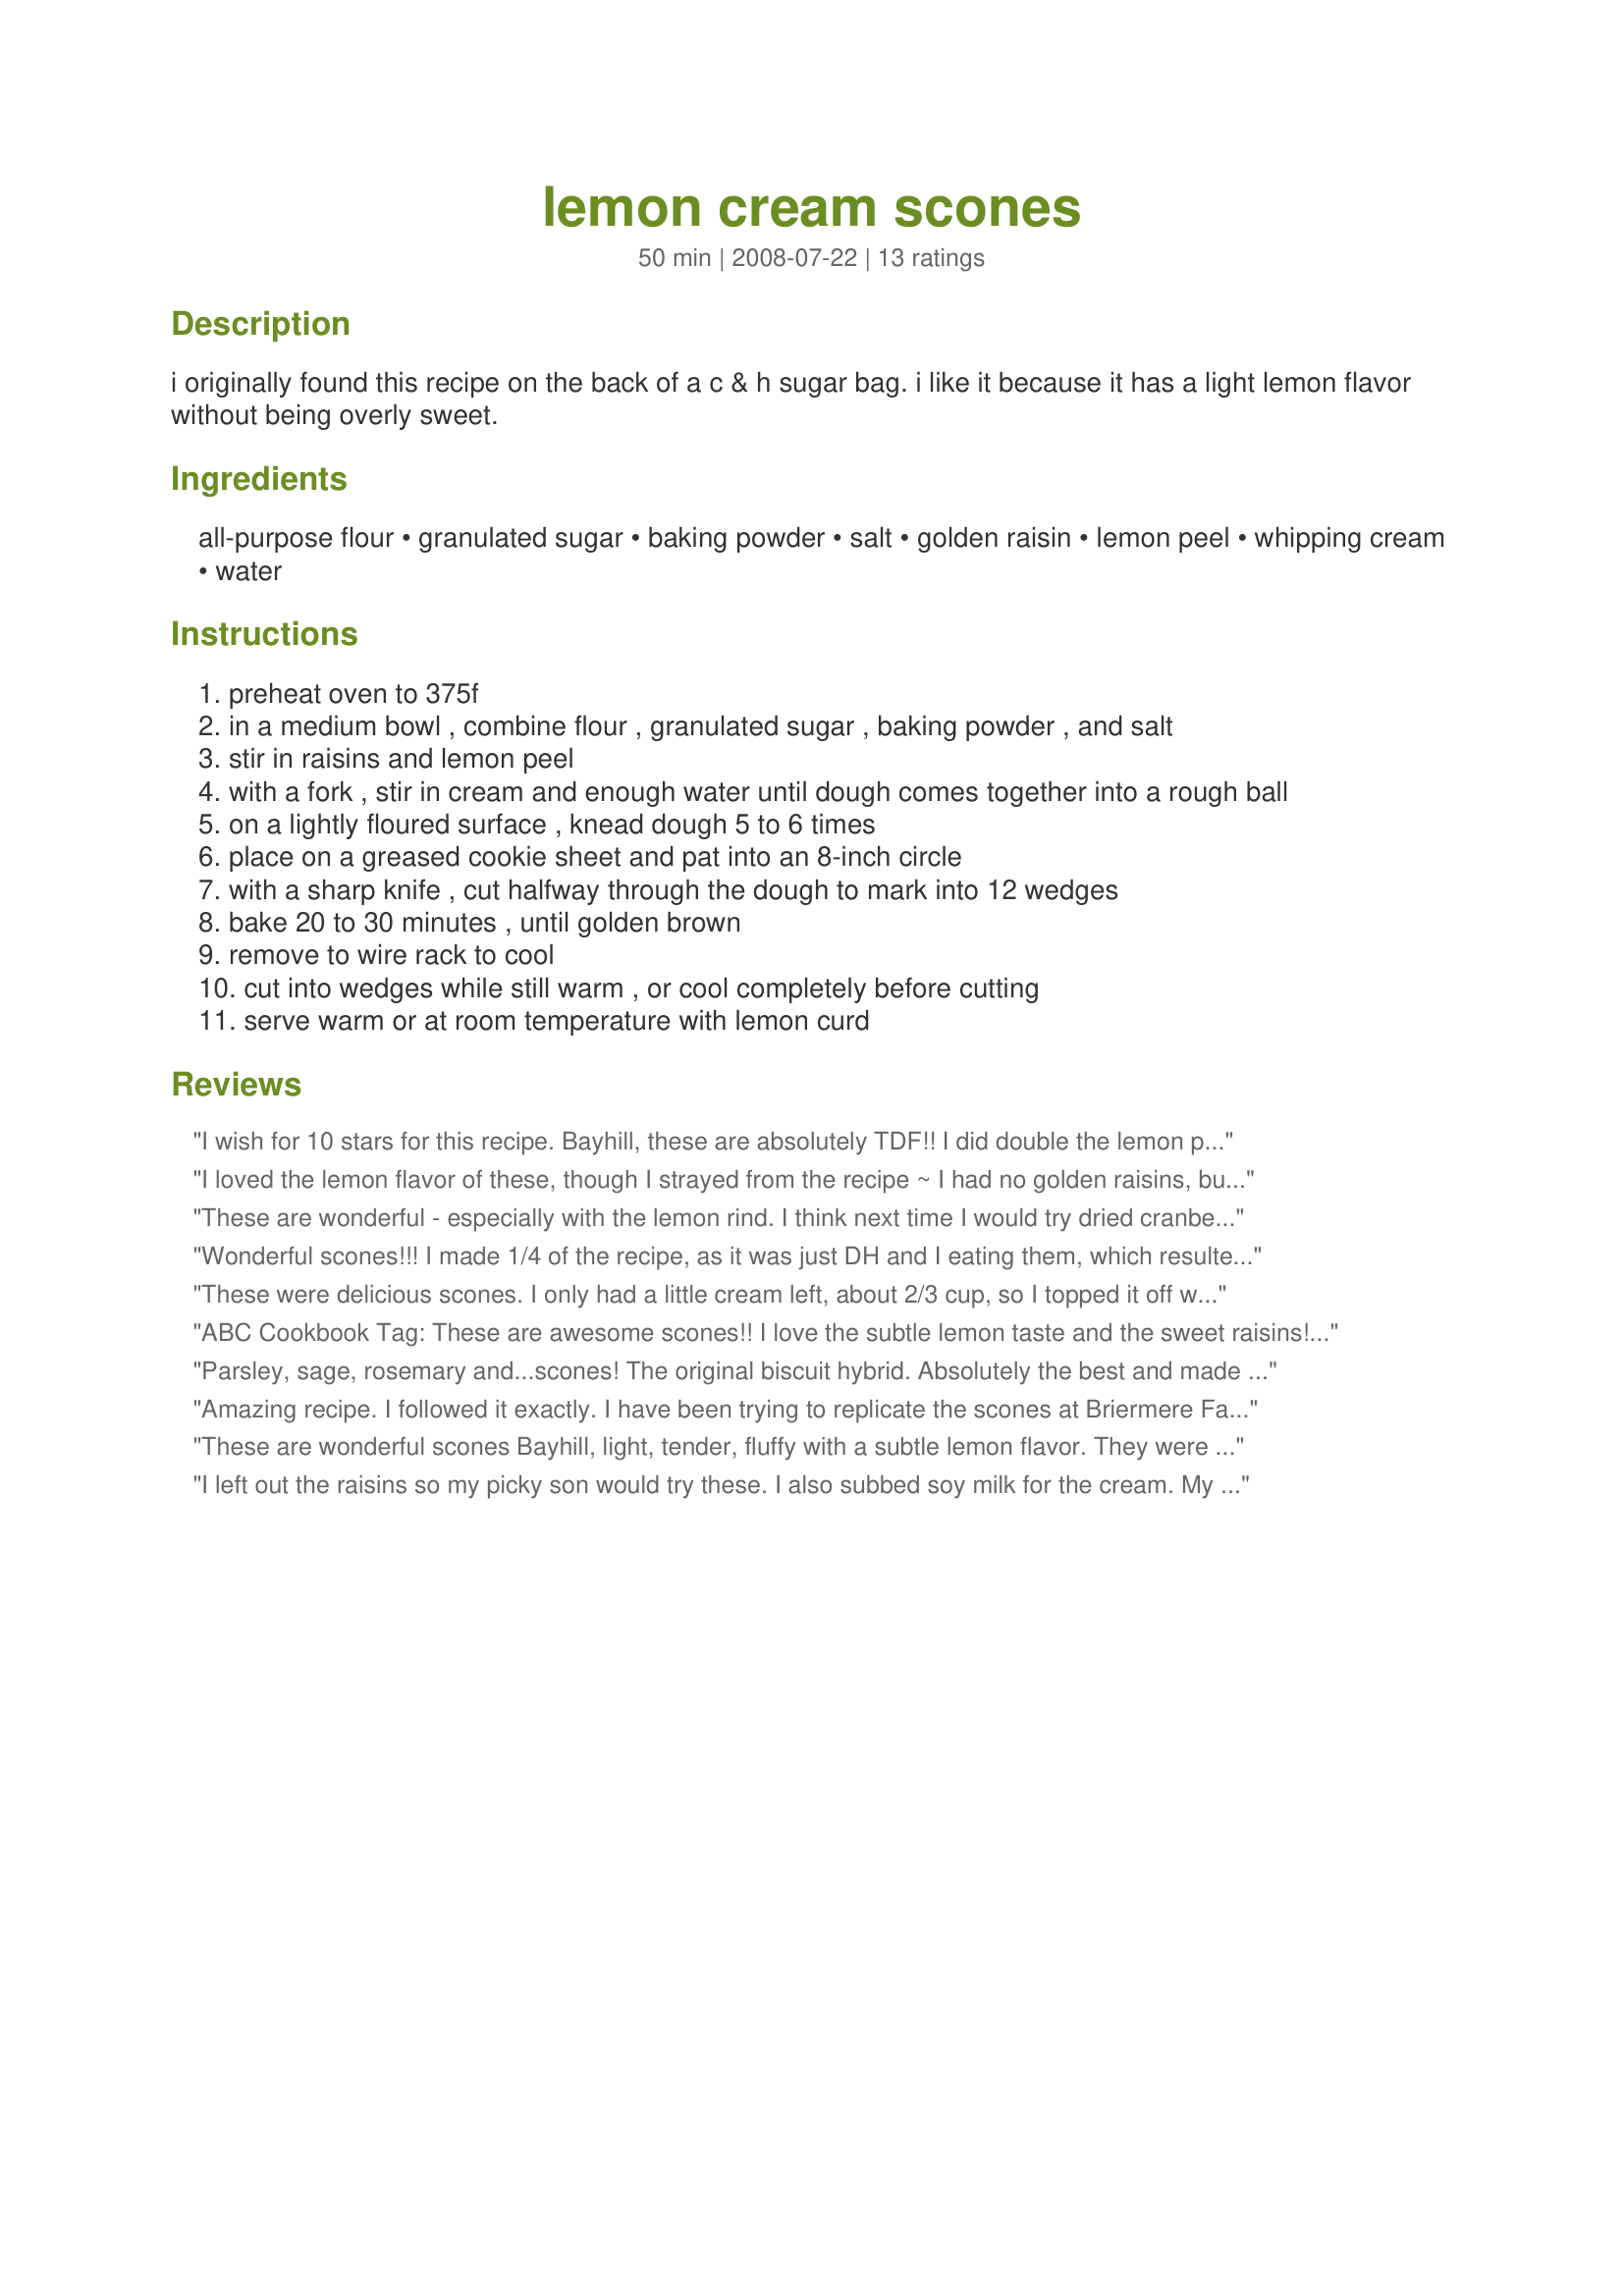
lemon cream scones
Preparation time: 50 minutes

i originally found this recipe on the back of a c & h sugar bag. i like it because it has a light lemon flavor without being overly sweet.

Ingredients:
all-purpose flour, granulated sugar, baking powder, salt, golden raisin, lemon peel, whipping cream, water

Steps:
preheat oven to 375f
in a medium bowl , combine flour , granulated sugar , baking powder , and salt
stir in raisins and lemon peel
with a fork , stir in cream and enough water until dough comes together into a rough ball
on a lightly floured surface , knead dough 5 to 6 times
place on a greased cookie sheet and pat into an 8-inch circle
with a sharp knife , cut halfway through the dough to mark into 12 wedges
bake 20 to 30 minutes , until golden brown
remove to wire rack to cool
cut into wedges while still warm , or cool completely before cutting
serve warm or at room temperature with lemon curd

Reviews:
I wish for 10 stars for this recipe. Bayhill, these are absolutely TDF!!
I did double the lemon peel and used fresh lemon juice for the water addition. Also used dried cherries for the golden raisins. MMMMM...lemony good with a bit of sweet cherry complement!
Made for Photo Swap and Tea Time events in Cooking Photos.
I loved the lemon flavor of these, though I strayed from the recipe ~ I had no golden raisins, but I did have dried blueberries so I used those. Wonderful combination of flavors and so easy to make. Thanks Bayhill ~ made for comfort Cafe Summer 2009!
These are wonderful - especially with the lemon rind. I think next time I would try dried cranberries in place of the raisins - I love lemon and cranberries together.
Wonderful scones!!! I made 1/4 of the recipe, as it was just DH and I eating them, which resulted in two scones/biscuits. I also used fresh lemon juice in place of the water, as I really like a good lemon and am not a huge fan of raisins, so left them out, otherwise made as written. This is so easy and loved that I didn&#039;t need to cut in butter/shortening. The dough was so easy to work with, wasn&#039;t very sticky. Since the dough was small compared to the full recipe, I used my biscuit cutter to cut it. I made them earlier in the day and then served them as dessert with a scoop of ice cream and fresh sliced strawberries!!! Delicious!!
These were delicious scones. I only had a little cream left, about 2/3 cup, so I topped it off with a little extra milk and it turned out just fine. The freshly grated lemon zest added a lot of refreshing lemon flavor to the scones. I&#039;m really glad I tried this recipe. They were wonderful scones. Thanks for sharing your recipe, Bayhill.
ABC Cookbook Tag: These are awesome scones!! I love the subtle lemon taste and the sweet raisins!! Delicious!!
Parsley, sage, rosemary and...scones! The original biscuit hybrid. Absolutely the best and made for PAC Spring 2010.
Amazing recipe. I followed it exactly. I have been trying to replicate the scones at Briermere Farms on Long Island for many years, since I do not live there and cannot have them often. This is the recipe. The only difference is size. I cut it into six separate wedges. Next time I will do only two or three to get huge scones. They are so delicious, well balanced, not overly sweet, and toasting them the next day they are just as good. Thank you for this!!
These are wonderful scones Bayhill, light, tender, fluffy with a subtle lemon flavor. They were quick and easy to make. I made half the recipe and ended up with six lovely treats. Perfect served with soft butter. Made as written but used candied ginger instead of the raisins as I was out. Thanks for sharing this lovey recipe that I will make again. Made for Best of 2015.
I left out the raisins so my picky son would try these. I also subbed soy milk for the cream. My family loved these and I wonder how they would taste with fresh cranberries added. As another reviewer suggested, I used lemon juice in place of the water. Thanks for the recipe
OUTSTANDING SCONES, & a very nice lemon taste, especially when I used a generously rounded teaspoon of lemon zest! The golden raisins were great in these, too! We found these wonderful when topped with a thin spread of lemon curd! I'm keeping your recipe in my files! [Tagged, made & reviewed in the Aus/NZ Recipe Swap #20]
Really outstanding scones. I also used lemon juice for the water and they had a lovely lemon nip that was a delight. I used Splenda for the sugar and a more heart healthy margarine for the butter. Even with my healt changes theu rose to be fluffy and light with a nice crisp crust. Moist and very flavorful inside. For a summer treat try them on the deck or patio with lemonade instesd of coffee. YUM!
Other than leaving out the raisins (a DH diet restriction) &amp; the addition of a sml amt of lemon extract to intensify the lemon flavor, your recipe was made as written &amp; enjoyed as dessert for a family brunch Sat morning. Fresh fruit was served w/the scones, but I am not sure anyone noticed the fruit. This has become a new favorite scone recipe for me, so thx for sharing it w/us. :-)
